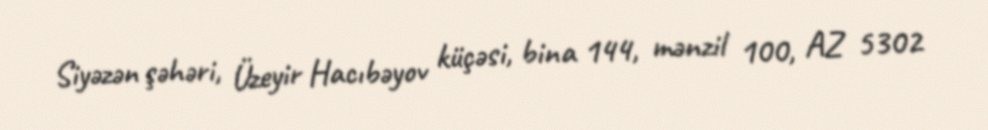
Siyəzən şəhəri, Üzeyir Hacıbəyov küçəsi, bina 144, mənzil 100, AZ 5302